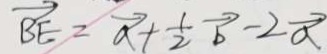
\overrightarrow { B E } = \overrightarrow { a } + \frac { 1 } { 2 } \overrightarrow { b } - 2 \overrightarrow { a }